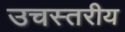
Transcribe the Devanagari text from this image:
उचस्तरीय